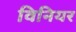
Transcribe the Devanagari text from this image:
विनियर